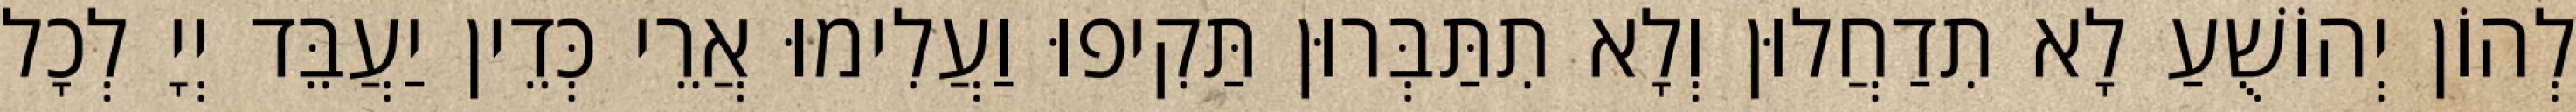
לְהוֹן יְהוֹשֻׁעַ לָא תִדַחֲלוּן וְלָא תִתַּבְּרוּן תַּקִיפוּ וַעֲלִימוּ אֲרֵי כְּדֵין יַעֲבֵּד יְיָ לְכָל